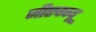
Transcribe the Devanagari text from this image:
जीएचक्यू